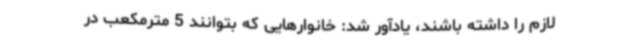
لازم را داشته باشند، یادآور شد: خانوارهایی که بتوانند 5 مترمکعب در